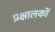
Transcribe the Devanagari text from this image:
प्रक्षालकों